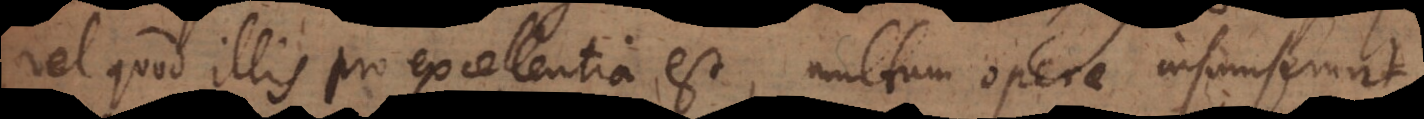
vel quod illis pro excellentia est, multum operae insumserunt,